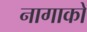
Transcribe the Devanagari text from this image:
नागाको